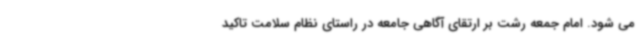
می شود. امام جمعه رشت بر ارتقای آگاهی جامعه در راستای نظام سلامت تاکید